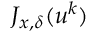
J _ { x , \delta } ( u ^ { k } )